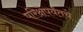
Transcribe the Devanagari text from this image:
परिक्षेपर्यंतचे